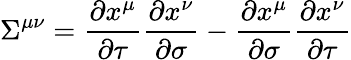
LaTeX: {\Sigma}^{\mu\nu}=\frac{\partial x^{\mu}}{\partial\tau}\frac{\partial x^{\nu}}{\partial\sigma}-\frac{\partial x^{\mu}}{\partial\sigma}\frac{\partial x^{\nu}}{\partial\tau}